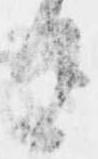
由